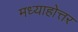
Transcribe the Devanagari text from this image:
मध्याहोत्तर